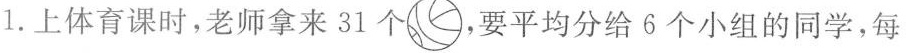
1.上体育课时，老师拿来31个 ，要平均分给6个小组的同学，每